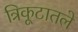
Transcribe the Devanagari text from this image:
त्रिकूटातले